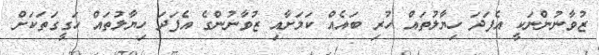
ޒުވާނުންނަކީ އެފަދަ ހިޔާލުތައް ހުރި ބައެއް ކަަމަށާއި ޒުވާނުންގެ އެފަދަ ހިޔާލުތައް ހަގީގަތަކަށް